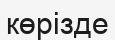
көрізде